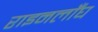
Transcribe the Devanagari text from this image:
राइनलाँघ